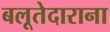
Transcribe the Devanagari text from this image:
बलूतेदाराना